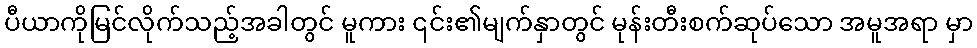
ပီယာကိုမြင်လိုက်သည့်အခါတွင် မူကား ၎င်း၏မျက်နှာတွင် မုန်းတီးစက်ဆုပ်သော အမူအရာ မှာ